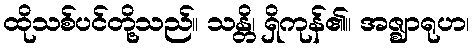
ထိုသစ်ပင်တို့သည်။ သန္တိ၊ ရှိကုန်၏။ အဇ္ဈာရုဟ၊